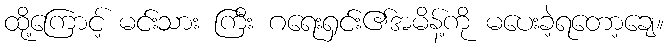
ထို့ကြောင့် မင်းသား ကြီး ဂရေးရှင်း၏အမိန့်ကို မပေးခဲ့ရတော့ချေ။